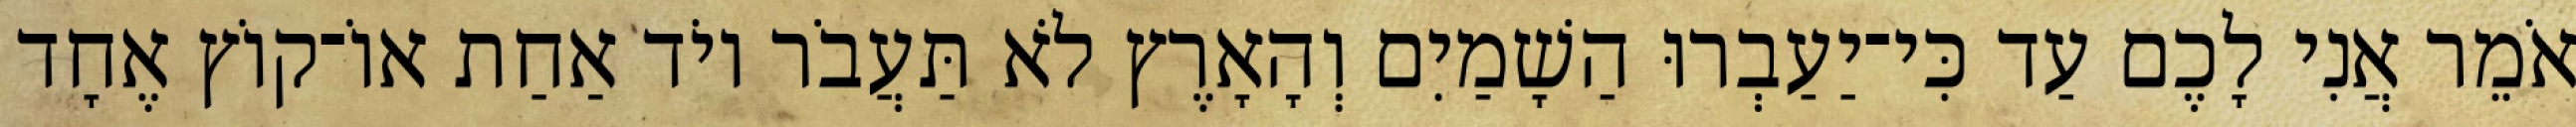
אֹמֵר אֲנִי לָכֶם עַד כִּי־יַעַבְרוּ הַשָׁמַיִם וְהָאָרֶץ לֹא תַּעֲבֹר יוֹד אַחַת אוֹ־קוֹץ אֶחָד